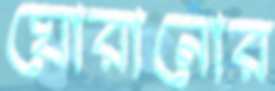
ঘোরানোর